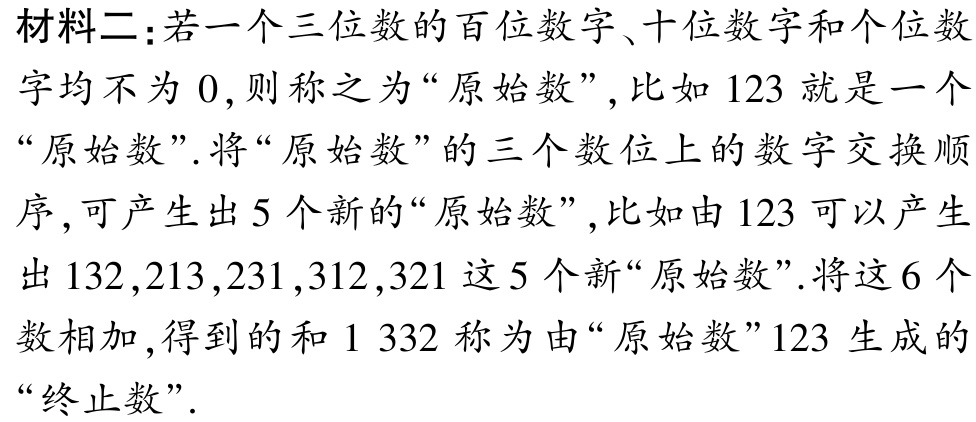
材料二：若一个三位数的百位数字、十位数字和个位数字均不为 \(0\),则称之为“原始数”,比如 \(123\) 就是一个“原始数”.将“原始数”的三个数位上的数字交换顺序, 可产生出 \(5\) 个新的“原始数”,比如由 \(123\) 可以产生出 \(132,213,231,312,321\) 这 \(5\) 个新“原始数”.将这 \(6\) 个数相加, 得到的和 \(1\ 332\) 称为由“原始数”\(123\) 生成的“终止数”.